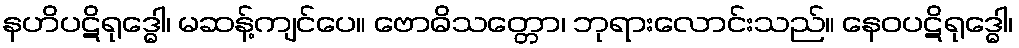
နဟိပဋိရုဒ္ဓေါ၊ မဆန့်ကျင်ပေ။ ဗောဓိသတ္တော၊ ဘုရားလောင်းသည်။ နေဝပဋိရုဒ္ဓေါ၊